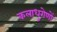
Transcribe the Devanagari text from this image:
कलाधुरोणों